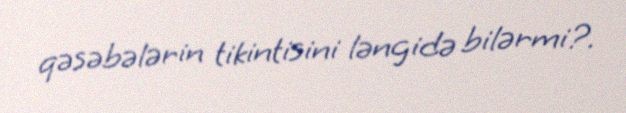
qəsəbələrin tikintisini ləngidə bilərmi?.